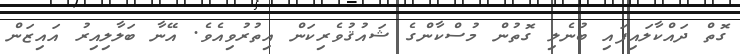
ގޮތް ދައްކާލައިފައި ބުނެލި ގޮތުން މުސްކާންގެ ޝައުޤުވެރިކަން އިތުރުވިއެވެ. އޭނާ ބަލާލިއިރު އައިޒަން